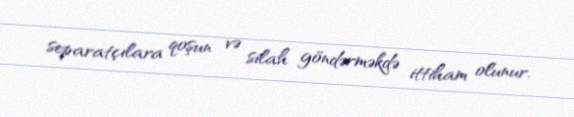
separatçılara qoşun və silah göndərməkdə ittiham olunur.